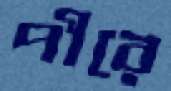
পীরে